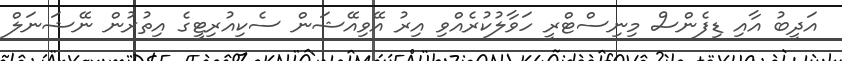
އަދީބު އާއި ޑިފެންސް މިނިސްޓްރީ ހަވާލުކުރެއްވި އިރު އޭވިއޭޝަން ސެކިއުރިޓީގެ އިތުރުން ނޭޝަނަލް